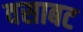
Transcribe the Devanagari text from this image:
वसाबट